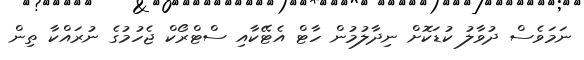
ނަމަވެސް ދުވާލު ކުޑަކޮށް ނިދާލުމުން ހާޓް އެޓޭކާއި ސްޓްރޯކް ޖެހުމުގެ ނުރައްކާ ތިން